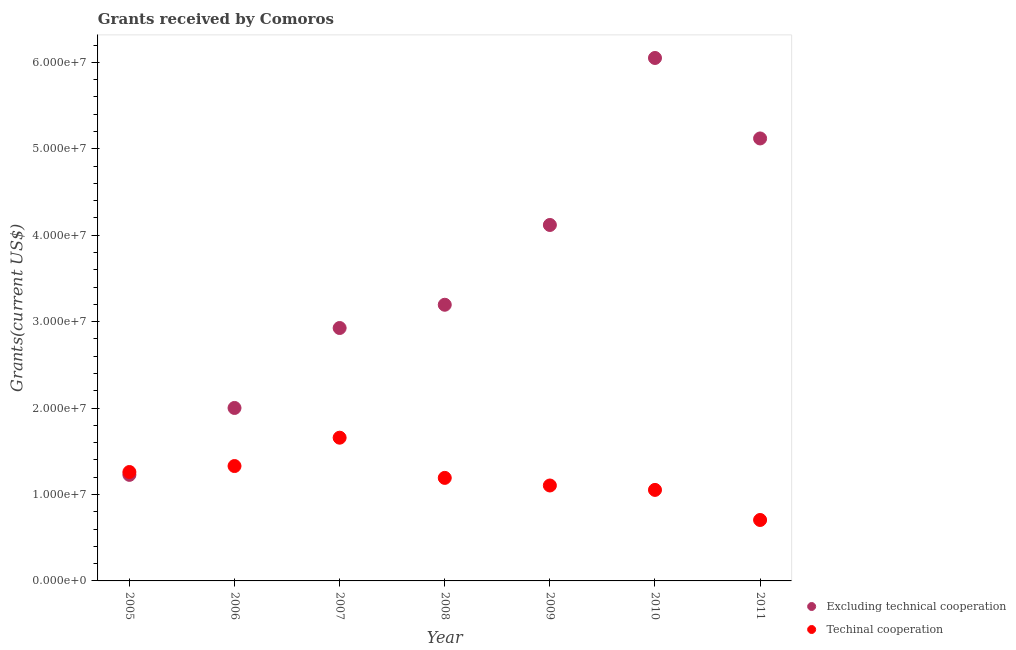
| Year | Excluding technical cooperation | Techinal cooperation |
 | --- | --- | --- |
 | 2005 | 1.23e+07 | 1.26e+07 |
 | 2006 | 2e+07 | 1.33e+07 |
 | 2007 | 2.93e+07 | 1.66e+07 |
 | 2008 | 3.2e+07 | 1.19e+07 |
 | 2009 | 4.12e+07 | 1.1e+07 |
 | 2010 | 6.05e+07 | 1.05e+07 |
 | 2011 | 5.12e+07 | 7.05e+06 |